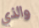
والذي